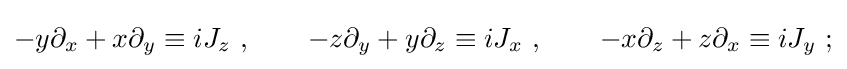
-y\partial _{x}+x\partial _{y}\equiv iJ_{z}~,\qquad -z\partial _{y}+y\partial _{z}\equiv iJ_{x}~,\qquad -x\partial _{z}+z\partial _{x}\equiv iJ_{y}~;